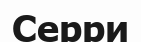
Серри